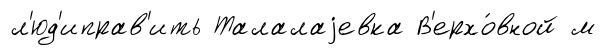
л'юд'иправ'ить Талалаjевка В'ерхо́вной м